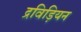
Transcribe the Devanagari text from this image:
द्रविड़ियन